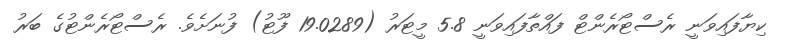
ކިޔާފައިވަނީ ރެސްޓޯރެންޓް ފައްތާފައިވަނީ 5.8 މީޓަރު (19.0289 ފޫޓު) ފުނަށެވެ. ރެސްޓޯރެންޓުގެ ބަރު